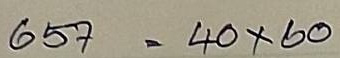
657 = 40x 60